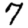
Digit: 7